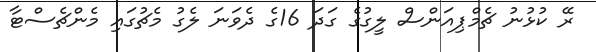
ރޭ ކުޅުނު ޗެމްޕިއަންސް ލީގުގެ ގަދަ 16ގެ ދެވަނަ ލެގު މެޗުގައި މެންޗެސްޓާ